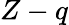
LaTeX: Z-q